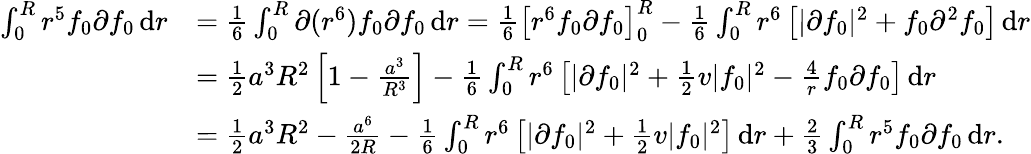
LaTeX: \begin{array}{rl}{\int_{0}^{R}r^{5}f_{0}\partial f_{0}\, \textnormal{d}r}&{=\frac{1}{6}\int_{0}^{R}\partial(r^{6})f_{0}\partial f_{0}\, \textnormal{d}r=\frac{1}{6}\left[r^{6}f_{0}\partial f_{0}\right]_{0}^{R}-\frac{1}{6}\int_{0}^{R}r^{6}\left[|\partial f_{0}|^{2}+f_{0}\partial^{2}f_{0}\right]\, \textnormal{d}r}\\ &{=\frac{1}{2}a^{3}R^{2}\left[1-\frac{a^{3}}{R^{3}}\right]-\frac{1}{6}\int_{0}^{R}r^{6}\left[|\partial f_{0}|^{2}+\frac{1}{2}v|f_{0}|^{2}-\frac{4}{r}f_{0}\partial f_{0}\right]\, \textnormal{d}r}\\ &{=\frac{1}{2}a^{3}R^{2}-\frac{a^{6}}{2R}-\frac{1}{6}\int_{0}^{R}r^{6}\left[|\partial f_{0}|^{2}+\frac{1}{2}v|f_{0}|^{2}\right]\, \textnormal{d}r+\frac{2}{3}\int_{0}^{R}r^{5}f_{0}\partial f_{0}\, \textnormal{d}r.}\end{array}